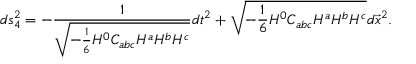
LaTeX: d s _ { 4 } ^ { 2 } = - { \frac { 1 } { \sqrt { - { \frac { 1 } { 6 } } H ^ { 0 } C _ { a b c } H ^ { a } H ^ { b } H ^ { c } } } } d t ^ { 2 } + \sqrt { - { \frac { 1 } { 6 } } H ^ { 0 } C _ { a b c } H ^ { a } H ^ { b } H ^ { c } } d \vec { x } ^ { 2 } .